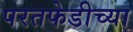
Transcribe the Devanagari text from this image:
परतफेडीच्या